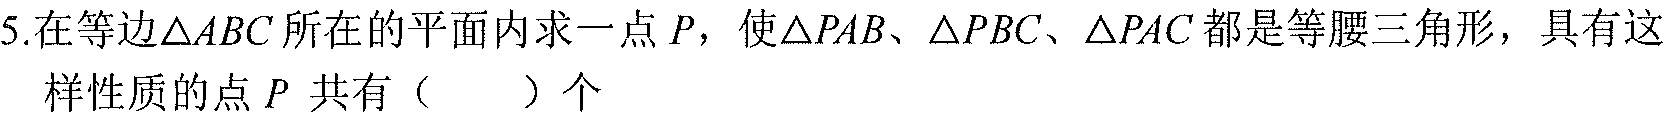
5.在等边$\triangle ABC$所在的平面内求一点$P$，使$\triangle PAB$、$\triangle PBC$、$\triangle PAC$都是等腰三角形，具有这样性质的点$P$ 共有（  ）个